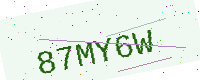
Text: 87MY6W